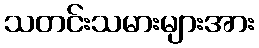
သတင်းသမားများအား